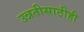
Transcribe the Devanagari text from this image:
उन्नतीसाठीही